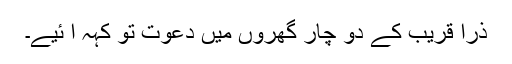
ذرا قریب کے دو چار گھروں میں دعوت تو کہہ آ ئیے۔